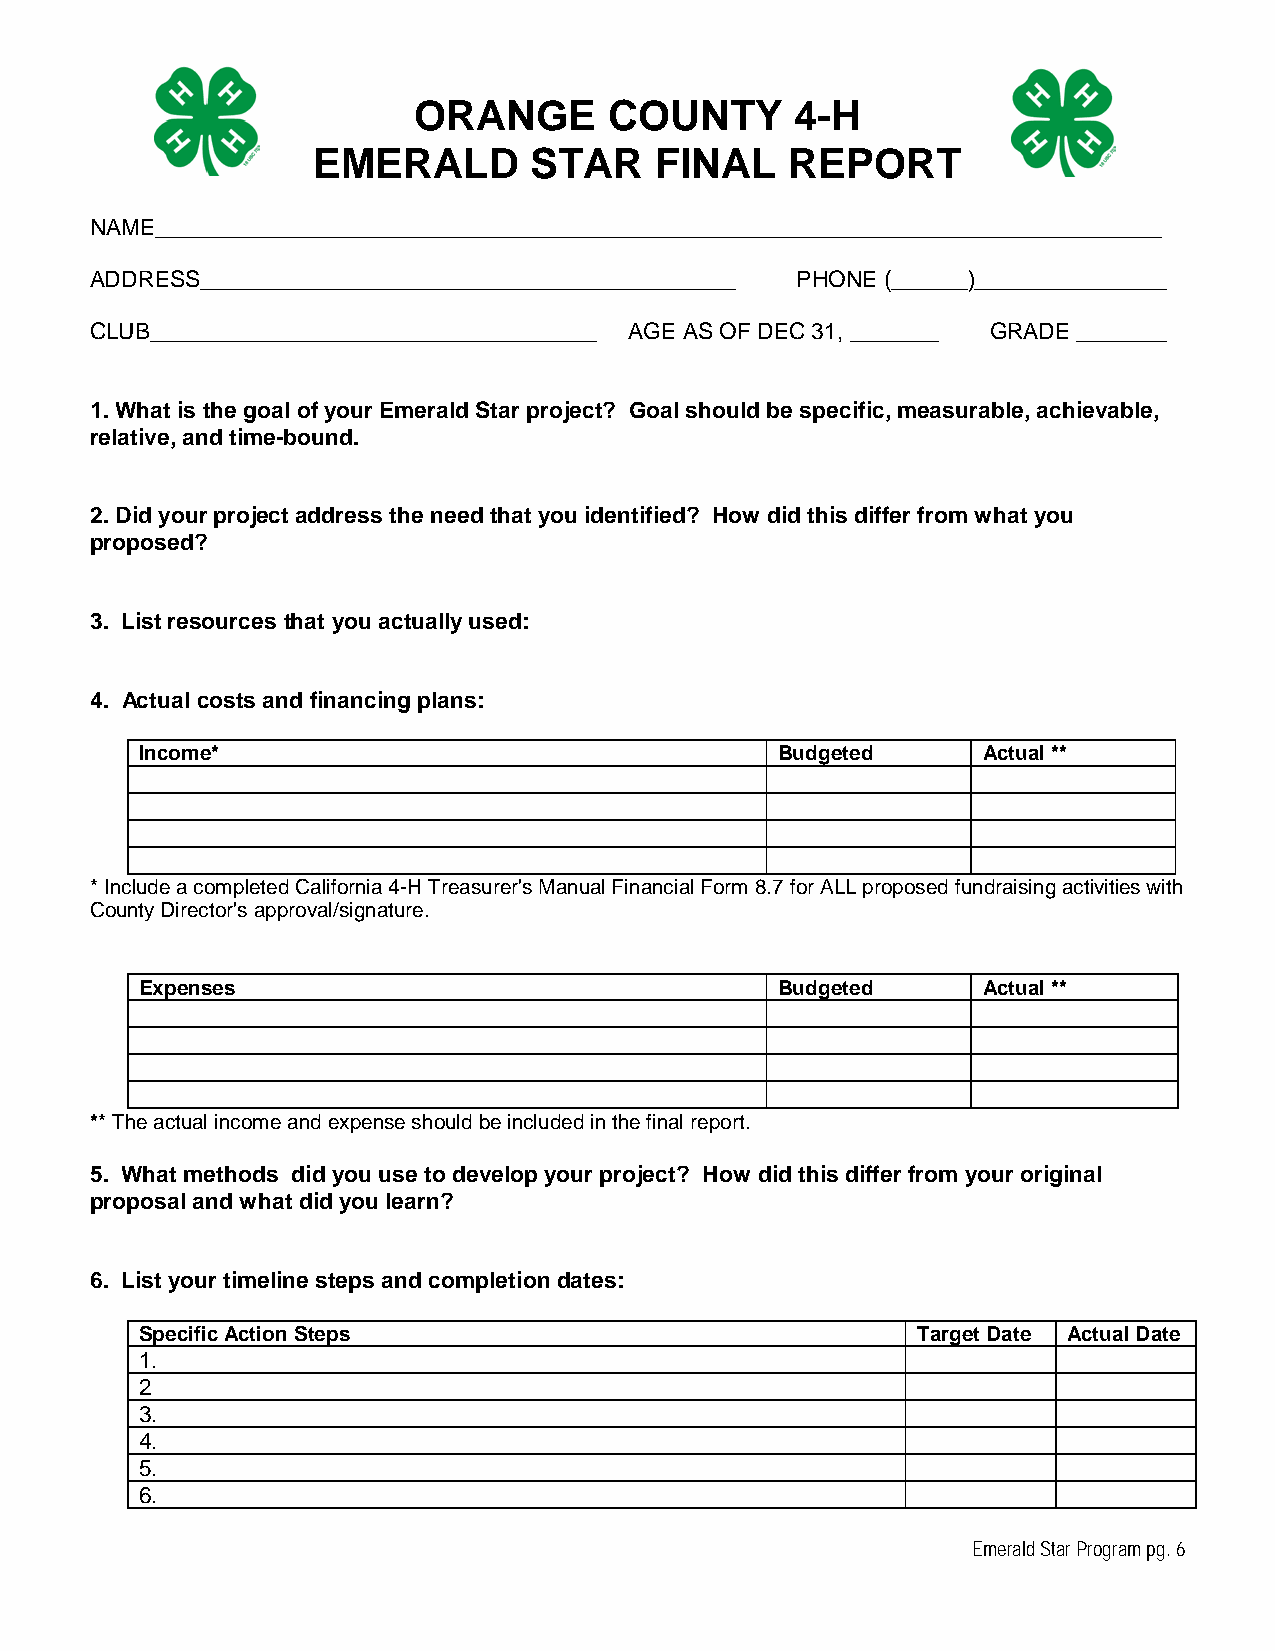
ORANGE       COUNTY       4-H
 EMERALD       STAR    FINAL    REPORT
 NAME_______________________________________________________________________________
 ADDRESS__________________________________________ PHONE (______)_______________
 CLUB___________________________________ AGE AS OF DEC 31, _______ GRADE _______
 1. What is the goal of your Emerald Star project? Goal should be specific, measurable, achievable,
 relative, and time-bound.
 2. Did your project address the need that you identified? How did this differ from what you
 proposed?
 3. List resources that you actually used:
 4. Actual costs and financing plans:
 Income*                                    Budgeted     Actual **
 * Include a completed California 4-H Treasurer's Manual Financial Form 8.7 for ALL proposed fundraising activities with
 County Director's approval/signature.
 Expenses                                   Budgeted     Actual **
 ** The actual income and expense should be included in the final report.
 5. What methods did you use to develop your project? How did this differ from your original
 proposal and what did you learn?
 6. List your timeline steps and completion dates:
 Specific Action Steps                               Target Date Actual Date
 1.
 2
 3.
 4.
 5.
 6.
 Emerald Star Program pg. 6